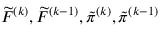
\widetilde { F } ^ { ( k ) } , \widetilde { F } ^ { ( k - 1 ) } , \tilde { \pi } ^ { ( k ) } , \tilde { \pi } ^ { ( k - 1 ) }